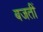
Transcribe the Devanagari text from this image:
बजतीं